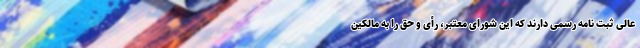
عالی ثبت نامه رسمی دارند که این شورای معتبر، رأی و حق را به مالکین